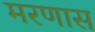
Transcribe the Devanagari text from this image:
मरणास